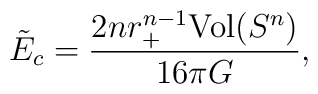
\tilde E_c =\frac{2n r_+^{n-1}\mbox{Vol}(S^n)}{16\pi G},